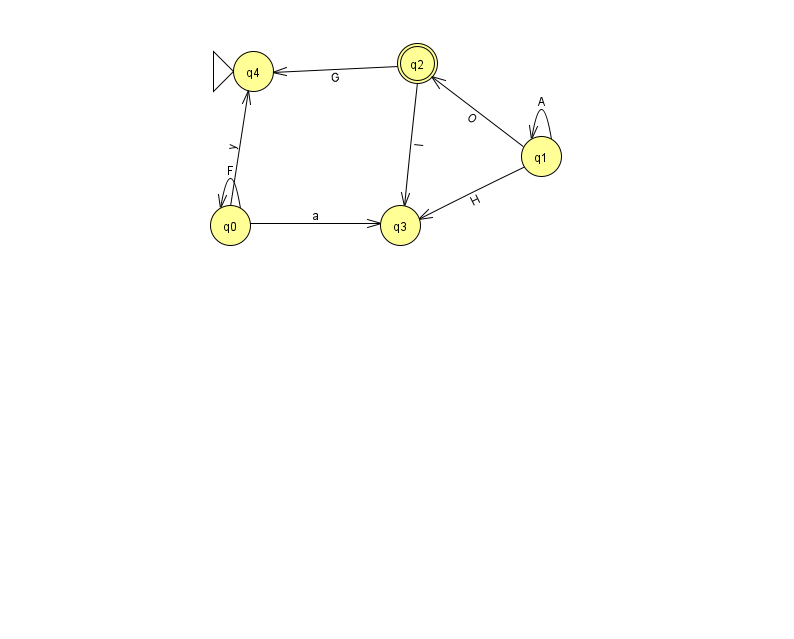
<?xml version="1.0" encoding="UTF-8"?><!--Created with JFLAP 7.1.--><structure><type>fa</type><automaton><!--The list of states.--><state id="0" name="q0"><x>230.0</x><y>212.0</y></state><state id="1" name="q1"><x>541.0</x><y>143.0</y></state><state id="2" name="q2"><x>417.0</x><y>50.0</y><final/></state><state id="3" name="q3"><x>400.0</x><y>212.0</y></state><state id="4" name="q4"><x>253.0</x><y>58.0</y><initial/></state><!--The list of transitions.--><transition><from>1</from><to>1</to><read>A</read></transition><transition><from>0</from><to>4</to><read>y</read></transition><transition><from>1</from><to>2</to><read>O</read></transition><transition><from>2</from><to>3</to><read>l</read></transition><transition><from>0</from><to>0</to><read>F</read></transition><transition><from>1</from><to>3</to><read>H</read></transition><transition><from>2</from><to>4</to><read>G</read></transition><transition><from>0</from><to>3</to><read>a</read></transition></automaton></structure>